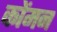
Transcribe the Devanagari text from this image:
कोंमन